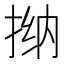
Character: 𫽀